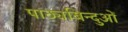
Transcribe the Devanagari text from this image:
पाठ्यबिन्दुओं